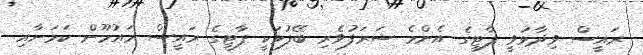
ރައީސް ވިދާޅުވީ ޕާޓީގެ އެންމެ ޝަރަފުވެރި ބޭފުޅަކީ ޕާޓީގެ ރައީސް މައުމޫން ކަމަށާއި